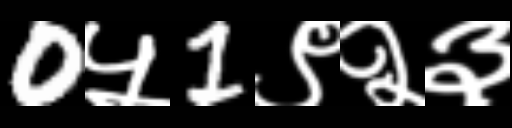
Text: 0५1९२३